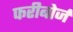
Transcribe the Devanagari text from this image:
फरीबोर्ज